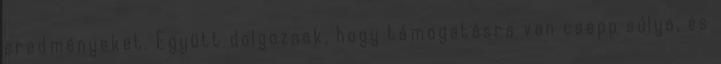
eredményeket. Együtt dolgoznak, hogy támogatásra van csepp súlya, és